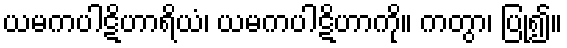
ယမကပါဋိဟာရိယံ၊ ယမကပါဋိဟာကို။ ကတွာ၊ ပြု၍။